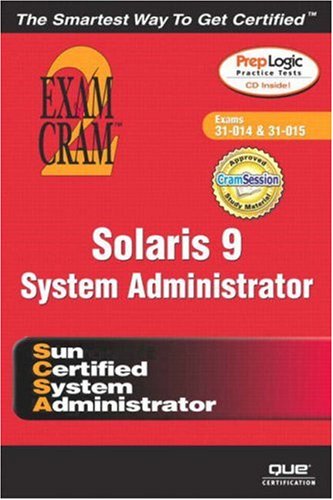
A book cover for Solaris 9 System Administration Exam Cram 2 (Exam Cram CX-310-014 & CX310-015); Darrell Ambro; Computers & Technology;